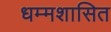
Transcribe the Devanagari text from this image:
धम्मशासित